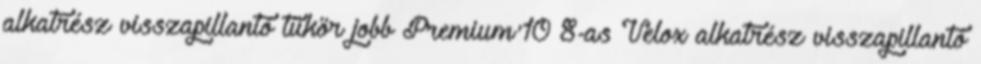
alkatrész visszapillantó tükör jobb Premium'10 8-as Velox alkatrész visszapillantó